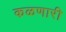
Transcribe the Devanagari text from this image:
कळणारी